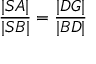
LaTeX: { \frac { | S A | } { | S B | } } = { \frac { | D G | } { | B D | } }